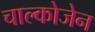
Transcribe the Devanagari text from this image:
चाल्कोजेन